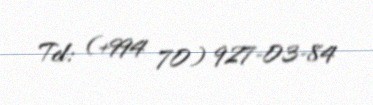
Tel: (+994 70) 927-03-84